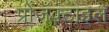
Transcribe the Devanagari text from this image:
प्रोजॅक्टाइल